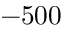
- 5 0 0